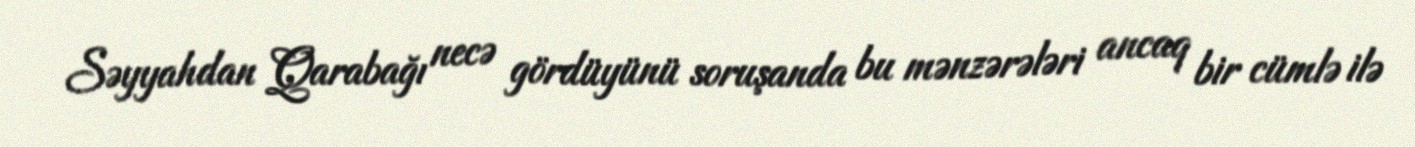
Səyyahdan Qarabağı necə gördüyünü soruşanda bu mənzərələri ancaq bir cümlə ilə